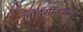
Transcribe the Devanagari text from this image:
जोईसीडब्ल्यू